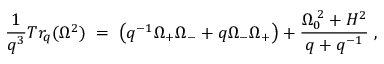
\frac { 1 } { q ^ { 3 } } T r _ { q } ( \Omega ^ { 2 } ) \; = \; \left( q ^ { - 1 } \Omega _ { + } \Omega _ { - } + q \Omega _ { - } \Omega _ { + } \right) + \frac { \Omega _ { 0 } ^ { \; 2 } + H ^ { 2 } } { q + q ^ { - 1 } } \; ,